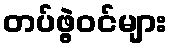
တပ်ဖွဲ့ဝင်များ